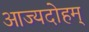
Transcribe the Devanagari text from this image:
आज्यदोहम्